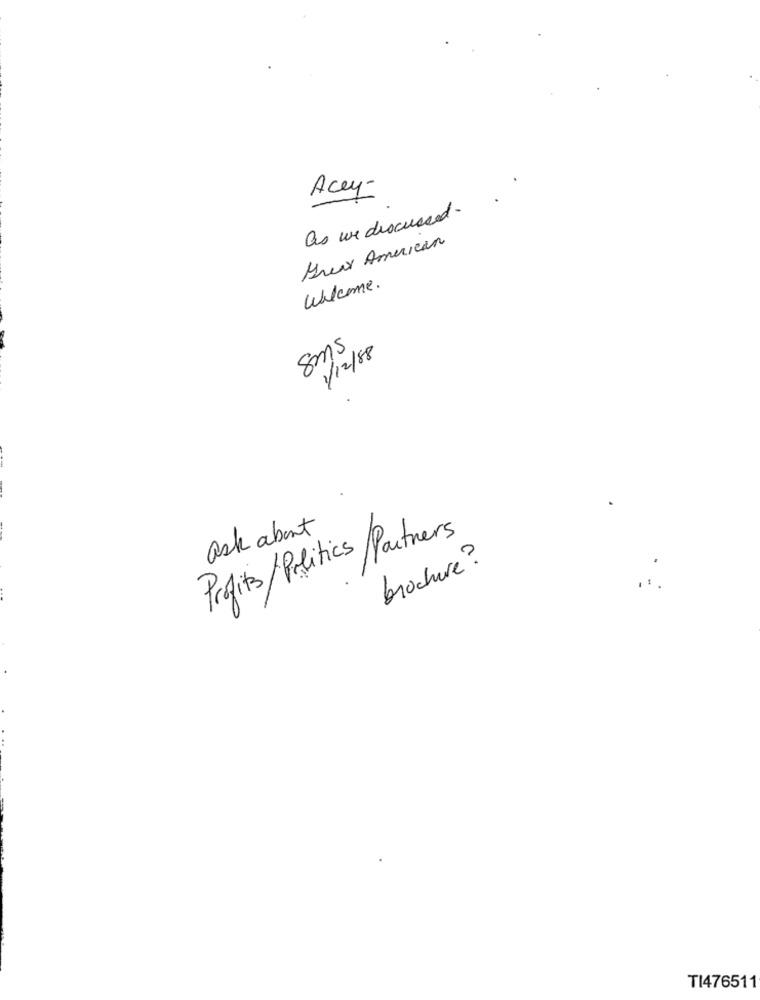
Acey-
as we discussed.
Great American
Welcome.
Sms
1/12/88
ask about
Profits/Politics/Partners
brochure?
TI476511